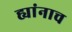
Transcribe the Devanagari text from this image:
ह्यांनाच